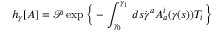
h _ { \gamma } [ A ] = { \mathcal { P } } \exp { \Big \{ } - \int _ { \gamma _ { 0 } } ^ { \gamma _ { 1 } } \, d s { \dot { \gamma } } ^ { a } A _ { a } ^ { i } ( \gamma ( s ) ) T _ { i } { \Big \} }